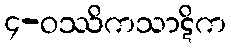
၄-ဝဿိကသာဋိက